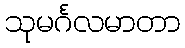
သုမင်္ဂလမာတာ